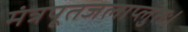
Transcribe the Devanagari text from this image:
मंत्रपूतजलाप्लुतः।